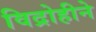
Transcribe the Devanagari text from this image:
विद्रोहीने